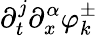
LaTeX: \partial_{t}^{j}\partial_{x}^{\alpha}\varphi_{k}^{\pm}